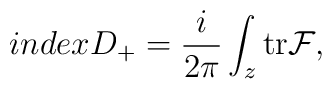
indexD_{+} = \frac{i}{2 \pi} \int_{z} {\rm tr} {\cal F},